system: You are a helpful assistant.
user:
Analyze the provided spectrum to determine if it is a **M-type Giant (gM)**.

A M-type Giant spectrum is defined by its **strong molecular absorption** features, particularly from **Titanium Oxide (TiO)**. You must check for one of the following mutually exclusive signatures:

- **Key Visual Indicators (Absorption-Dominated Spectrum):**

    - **(Primary):** The spectrum is dominated by strong molecular absorption from **Titanium Oxide (TiO)**. This is the **defining feature** of its M-type temperature class.
        - **(Key Bandheads):** Look for sharp, "saw-tooth" absorption valleys. The strongest are located near **~7050 Å**, **~6160 Å**, and **~5170 Å**.
        - **(Line Profile):** The "saw-tooth" morphology is critical: a **sharp, steep drop on the BLUE (short-wavelength) side** of the bandhead, followed by a gradual recovery (rising flux) towards the RED (long-wavelength) side.

    - **(Key Confirmation - Giant vs. Dwarf):** **ABSENCE** of strong **Calcium Hydride (CaH)** molecular bands. This is the primary diagnostic for *excluding* M-dwarfs.
        - **(Key Region):** The spectrum should lack the strong, broad absorption band seen in dwarfs between **~6800 Å and ~7000 Å**.

    - **(Secondary Confirmation - Giant):** A very strong and broad **Neutral Calcium (Ca I)** atomic absorption line.
        - **(Key Line):** Located at **~4226 Å**. In a giant (gM), this line is significantly deeper and broader than the same line in an M-dwarf (dM) due to low surface gravity.

    - **(Overall Spectrum):**
        - The continuum is **extremely red-sloping** (i.e., flux is very low in the blue and rises dramatically towards the red).
        - The entire spectrum appears "chopped up" by the deep TiO bands.

Think first, call **spectral_visualization_tool** if needed to examine features in detail, then provide your final answer. Your response must adhere to the following strict rules:
1.  **Overall Structure:** Your response must follow the format `<think>...</think> <tool_call>...</tool_call> (if a tool is used) <answer>...</answer>`.
2.  **Tool Usage Constraint:** You may only make **one** tool call per turn.
3.  **Final Answer Format:** In the `<answer>` tag, your conclusion must be inside a `\boxed{}` command (e.g., `\boxed{YES}` or `\boxed{NO}`), followed by your justification.

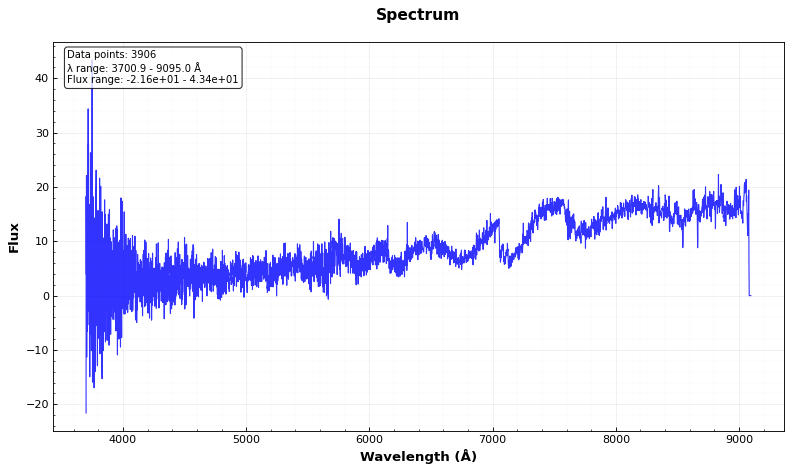
Answer: NO